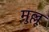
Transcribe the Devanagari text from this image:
मुल्लू